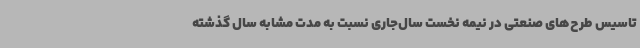
تاسیس طرح‌های صنعتی در نیمه نخست سال‌جاری نسبت به مدت مشابه سال گذشته